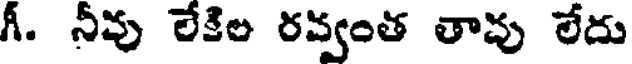
గీ. నీవు లేకిల రవ్వంత తావు లేదు